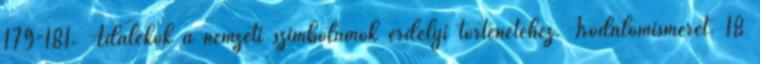
179-181. Adalékok a nemzeti szimbólumok erdélyi történetéhez. Irodalomismeret. 18